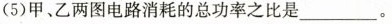
(5)甲、乙两图电路消耗的总功率之比是___。